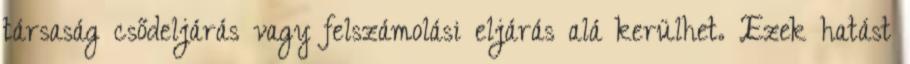
társaság csődeljárás vagy felszámolási eljárás alá kerülhet. Ezek hatást